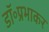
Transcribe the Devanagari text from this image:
डॉ॰प्रभाकर